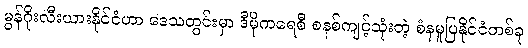
မွန်ဂိုးလီးယားနိုင်ငံဟာ ဒေသတွင်းမှာ ဒီမိုကရေစီ စနစ်ကျင့်သုံးတဲ့ စံနမူပြနိုင်ငံတစ်ခု